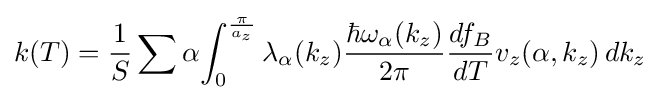
k(T)={\frac {1}{S}}\sum {\alpha }{\int _{0}^{\frac {\pi }{a_{z}}}\lambda _{\alpha }(k_{z}){\frac {\hbar \omega _{\alpha }(k_{z})}{2\pi }}{\frac {df_{B}}{dT}}v_{z}(\alpha ,k_{z})\,dk_{z}}